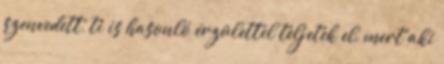
szenvedett, ti is hasonló érzülettel teljetek el, mert aki